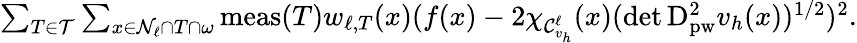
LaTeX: \begin{array}{r}{\sum_{T\in\mathcal{T}}\sum_{x\in\mathcal{N}_{\ell}\cap T\cap\omega}\operatorname{meas}(T)w_{\ell,T}(x)(f(x)-2\chi_{\mathcal{C}_{v_{h}}^{\ell}}(x)(\operatorname*{det}\mathrm{D}_{\mathrm{pw}}^{2}v_{h}(x))^{1/2})^{2}.}\end{array}